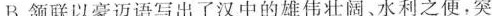
B.颔联以豪迈语写出了汉中的雄伟壮阔、水利之便，突